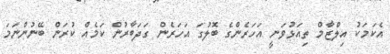
އެކަމަކު އިލްޒާމް ތިއަޅުވަނީ އަހަރެންގެ ބޮލުގަ އަހަރެން ގަދަބާރުން ކަމެއް ކުރަން ބޭނުންނަމަ